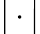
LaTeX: \big|\cdot\big|